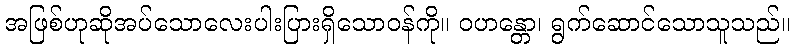
အဖြစ်ဟုဆိုအပ်သောလေးပါးပြားရှိသောဝန်ကို။ ဝဟန္တော၊ ရွက်ဆောင်သောသူသည်။